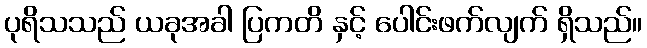
ပုရိသသည် ယခုအခါ ပြကတိ နှင့် ပေါင်းဖက်လျက် ရှိသည်။